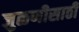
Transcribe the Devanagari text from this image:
जुळणीसाठी